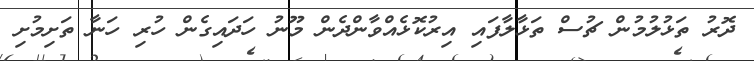
ދޮރު ތަޅުލުމުން ޗުސް ތަޅާލާފައި އިރުކޮޅެއްވާންދެން މޫނު ހަދައިގެން ހުރި ހަނާ ތަށިމުށި